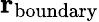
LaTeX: \textbf{r}_{\mathrm{boundary}}